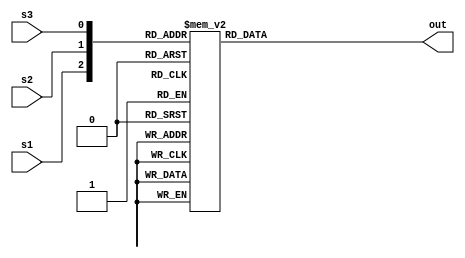
//Modules used: 8_to_1 mux, counterm 13_bit shift register and LEDR, SW, KEY
//MODULE 1: mux for letter selection

`timescale 10ms / 10ms

module letterMux (s1, s2, s3, out);

input s1, s2, s3;
output reg [12:0]out;
always @(*)

begin
case ({s1, s2, s3})
			3'b000:out = 13'b0000000010101;

													 3'b001:out = 13'b0000000000111;

													 3'b010:out = 13'b0000001110101;

													 3'b011:out = 13'b0000111010101;

													 3'b100:out = 13'b0000111011101;

													 3'b101:out = 13'b0011101010111;

													 3'b110:out = 13'b1110111010111;

													 3'b111:out = 13'b0010101110111;

													 default out = 0;

								  endcase

				end



endmodule



//MODULE GROUP 2: 13 bit Shift Register

module shiftRegister(data, en, load, reset, shiftOut);

input en;

input load;

input reset;

input [12:0]data;

output shiftOut;

wire [12:0] W;


subcircuit unit1(.loadValue(data[0]), .Qprev(1'b0), .loadn(load), .resetn(reset),  .Enable(en), .out(W[0]));

subcircuit unit2(.loadValue(data[1]), .Qprev(W[0]), .loadn(load), .resetn(reset),  .Enable(en), .out(W[1]));

subcircuit unit3(.loadValue(data[2]), .Qprev(W[1]), .loadn(load), .resetn(reset),  .Enable(en), .out(W[2]));

subcircuit unit4(.loadValue(data[3]), .Qprev(W[2]), .loadn(load), .resetn(reset),  .Enable(en), .out(W[3]));

subcircuit unit5(.loadValue(data[4]), .Qprev(W[3]), .loadn(load), .resetn(reset),  .Enable(en), .out(W[4]));

subcircuit unit6(.loadValue(data[5]), .Qprev(W[4]), .loadn(load), .resetn(reset),  .Enable(en), .out(W[5]));

subcircuit unit7(.loadValue(data[6]), .Qprev(W[5]), .loadn(load), .resetn(reset),  .Enable(en), .out(W[6]));

subcircuit unit8(.loadValue(data[7]), .Qprev(W[6]), .loadn(load), .resetn(reset),  .Enable(en), .out(W[7]));

subcircuit unit9(.loadValue(data[8]), .Qprev(W[7]), .loadn(load), .resetn(reset),  .Enable(en), .out(W[8]));

subcircuit unit10(.loadValue(data[9]), .Qprev(W[8]), .loadn(load), .resetn(reset),  .Enable(en), .out(W[9]));

subcircuit unit11(.loadValue(data[10]), .Qprev(W[9]), .loadn(load), .resetn(reset),  .Enable(en), .out(W[10]));

subcircuit unit12(.loadValue(data[11]), .Qprev(W[10]), .loadn(load), .resetn(reset),  .Enable(en), .out(W[11]));

subcircuit unit13(.loadValue(data[12]), .Qprev(W[11]), .loadn(load), .resetn(reset),  .Enable(en), .out(W[12]));


assign shiftOut = W[12];


endmodule



//SUBCIRCUIT FOR SHIFT REGISTER

module subcircuit(loadValue, Qprev, loadn, resetn, Enable, out);



input loadValue, Qprev, loadn, resetn, Enable;

output out;

wire w1;


mux2to1 m2(.x(Qprev), .y(loadValue) , .s(loadn), .m(w1));

Register r1( .Reset_b(resetn), .I(w1), .O(out), .enable(Enable));


endmodule



//MUX MODULE FOR SHIFT REGISTER

module mux2to1(x, y, s, m);

input x; //select 0

input y; //select 1

input s; //select signal

output m; //output



//assign m = s & y | ~s & x;

// OR

assign m = s ? y : x;



endmodule



//MODULE REGISTER LOGIC

module Register( Reset_b, I, O, enable);



 input enable;

 input Reset_b;

 input I;

 output reg O; //output



always@(posedge enable)

begin

if(!Reset_b)

begin

O <= 0;

end

else

begin   

O <= I;

end

end



endmodule



//MODULE GROUP 3: Counter to control enable



module rateDivideCount (pulseWidth, pulse, clk);

input [25:0] pulseWidth; //the number that counter needs to count till

reg [25:0] counter;

input clk;

output reg pulse;



always @ (posedge clk)

begin


if (counter == pulseWidth)

begin

counter<= 0;

pulse <= 1;

end

else

begin

counter <= counter + 1; //keeps incrementing till pulseWidth is reached

pulse <= 0;

end

end



endmodule









//TOP LEVEL MODULE: logic managment and final output

module part3 (SW, KEY, LEDR, CLOCK_50);



input [2:0]SW;

input [1:0]KEY;

input CLOCK_50;

output [1:0]LEDR;



wire [12:0]muxToRegister;

wire counterSignal;

//mux for input of letters, connect to register with wire muxToRegister

letterMux unit1(.s1(SW[0]), .s2(SW[1]), .s3(SW[2]), .out(muxToRegister));

//Counter, used as enable, connect output to register though counterSignal

rateDivideCount r1(.pulseWidth(26'b01011111010111100000111111), .clk(CLOCK_50), .pulse(counterSignal));

//Register

shiftRegister unit2( .data(muxToRegister), .en(counterSignal), .load(KEY[1]), .reset(KEY[0]), .shiftOut(LEDR[0]));



endmodule